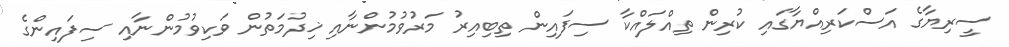
ސީރިޔާގެ އަސްކަރިއްޔާގައި ކުރިން ތިއްލައްކާ ސިފައިން ތިބިއިރު މަރުވުމުންނާއި ޚިދުމަތުން ވަކިވުމުންނާއި ސިފައިންގެ